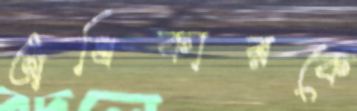
অধিকারকে